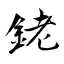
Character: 銠